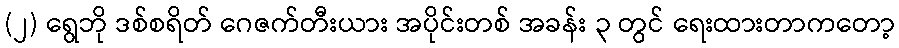
(၂) ရွေဘို ဒစ်စရိတ် ဂေဇက်တီးယား အပိုင်းတစ် အခန်း ၃ တွင် ရေးထားတာကတော့